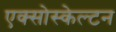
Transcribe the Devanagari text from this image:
एक्सोस्केल्टन